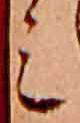
ミ